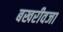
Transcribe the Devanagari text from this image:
बखरीवजा